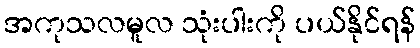
အကုသလမူလ သုံးပါးကို ပယ်နိုင်ရန်